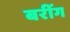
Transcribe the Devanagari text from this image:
बरींग